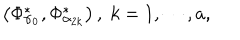
\left( \Phi _ { \alpha _ { 0 } } ^ { * } , \Phi _ { \alpha _ { 2 k } } ^ { * } \right) , \; k = 1 , \cdots , a ,